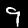
Digit: 9